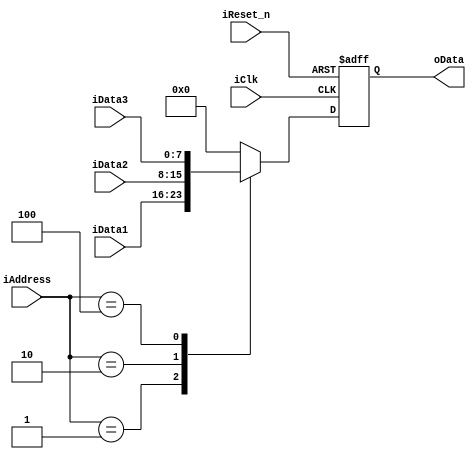
module Selector (input iClk,    //clock
                 input iReset_n,    //reset signal, active low
                 input [7:0]iData1, //data1
                 input [7:0]iData2, //data2
                 input [7:0]iData3, //data3
                 
                 input [3:0] iAddress,  //address
                 output reg [7:0]oData  //output data
                 );

    always @(posedge iClk or negedge iReset_n) begin
        if (!iReset_n) begin
            oData <= 0;
        end
        else begin
            case(iAddress)
                1: oData       <= iData1;
                2: oData       <= iData2;
                4: oData       <= iData3;
                default: oData <= 0;
            endcase
        end
    end
    
endmodule